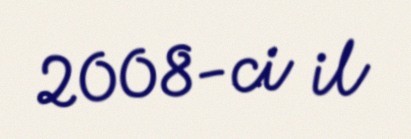
2008-ci il